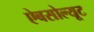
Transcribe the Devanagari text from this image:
ऐबसोल्यूट